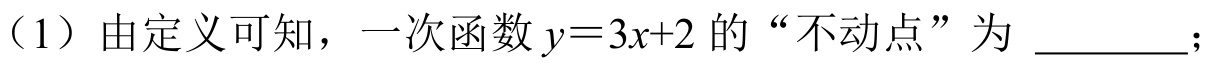
（1）由定义可知，一次函数\(y = 3x + 2\)的“不动点”为 \_\_\_\_\_；